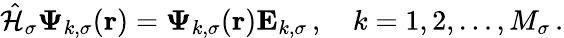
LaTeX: \hat{\mathcal{{H}}}_{\sigma}\boldsymbol{\Psi}_{k,\sigma}(\boldsymbol{\textbf{r}})=\boldsymbol{\Psi}_{k,\sigma}(\boldsymbol{\textbf{r}})\mathbf{E}_{k,\sigma}\, ,\quad k=1,2,\ldots,M_{\sigma}\, .